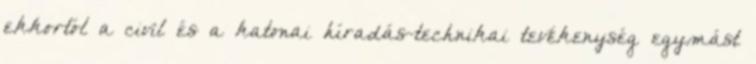
ekkortól a civil és a katonai híradás-technikai tevékenység egymást